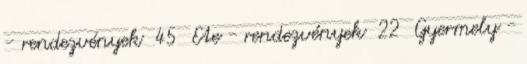
- rendezvények 45 Ete - rendezvények 22 Gyermely -